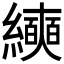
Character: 𰫵